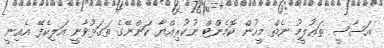
އަސާސީ ތަޢުލީމު ނެތް މީހުން ކޮމެންޓް ނުކުރިއްޔާ ކަންނޭގެ ތަގަޅުވާނީ އަލިކެފޭ އެއިނީ